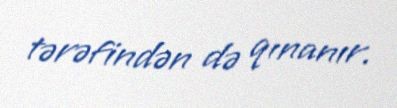
tərəfindən də qınanır.